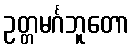
ဥတ္တမင်္ဂဘူတော